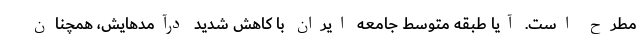
مطرح است. آیا طبقه متوسط جامعه ایران با کاهش شدید درآمدهایش، همچنان